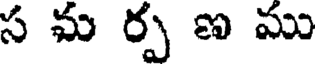
స మ ర్ప ణ ము